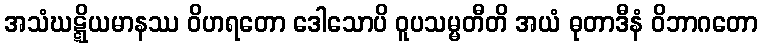
အသံဃဋ္ဋိယမာနဿ ဝိဟရတော ဒေါသောပိ ဝူပသမ္မတီတိ အယံ ဓုတာဒီနံ ဝိဘာဂတော